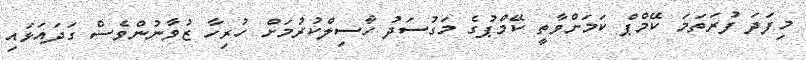
މިފަދަ ފުރަތަމަ ކޭމްޕް ކަމަށްވާތީ ކޭމްޕުގެ މަގުސަދު ހާސިލްކުރުމަށް ހުރިހާ ޒުވާނުންވެސް ގަދައަޅައި